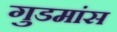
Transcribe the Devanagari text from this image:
गुडमांस